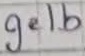
Text: gelb